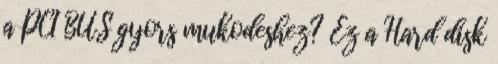
a PCI BUS gyors mukodeshez? Ez a Hard disk